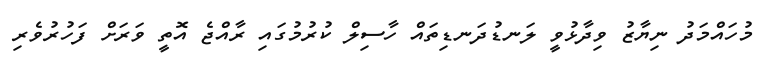
މުހައްމަދު ނިޔާޒު ވިދާޅުވީ ލަނޑުދަނޑިތައް ހާސިލް ކުރުމުގައި ރާއްޖެ އޮތީ ވަރަށް ފަހުރުވެރި